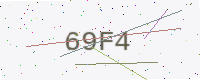
Text: 69F4